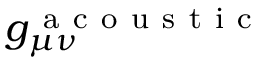
g _ { \mu \nu } ^ { \mathrm { ~ a ~ c ~ o ~ u ~ s ~ t ~ i ~ c ~ } }